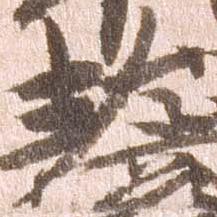
左